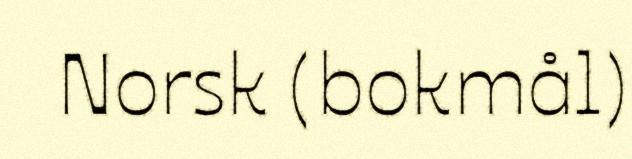
Norsk (bokmål)